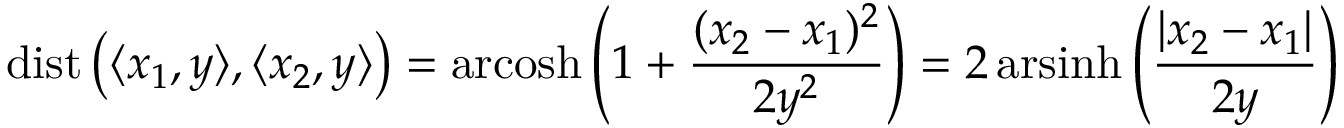
\operatorname { d i s t } \left( \langle x _ { 1 } , y \rangle , \langle x _ { 2 } , y \rangle \right) = \operatorname { a r c o s h } \left( 1 + { \frac { ( x _ { 2 } - x _ { 1 } ) ^ { 2 } } { 2 y ^ { 2 } } } \right) = 2 \operatorname { a r s i n h } \left( { \frac { | x _ { 2 } - x _ { 1 } | } { 2 y } } \right)